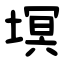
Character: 塓